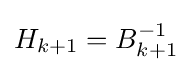
H_{k+1}=B_{k+1}^{-1}